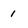
Character: I